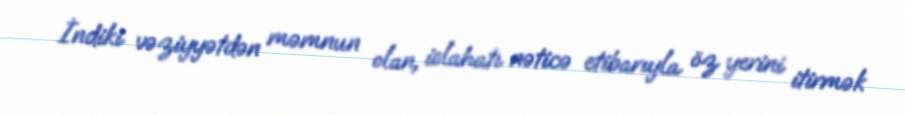
İndiki vəziyyətdən məmnun olan, islahatı nəticə etibarıyla öz yerini itirmək